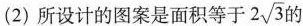
(2)所设计的图案是面积等于2 \sqrt{3} 的